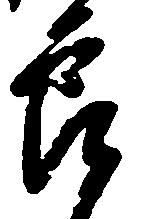
節